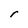
Character: r